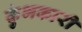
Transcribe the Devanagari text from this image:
कुंभकारी